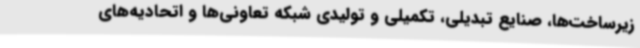
زیرساخت‌ها، صنایع تبدیلی، تکمیلی و تولیدی شبکه تعاونی‌ها و اتحادیه‌های